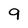
Character: 9